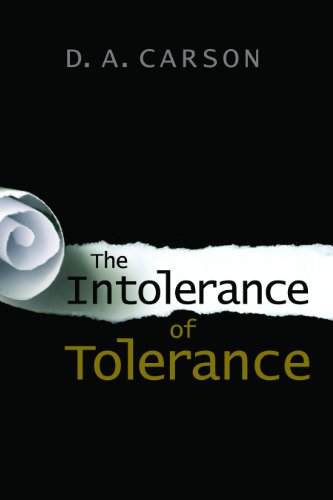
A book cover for The Intolerance of Tolerance; D. A. Carson; Religion & Spirituality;